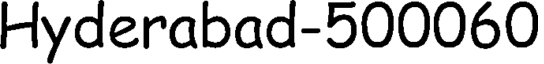
Hyderabad-500060